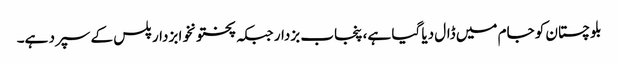
بلوچستان کو جام میں ڈال دیا گیا ہے، پنجاب بزدار جبکہ پختونخوا بزدار پلس کے سپرد ہے۔